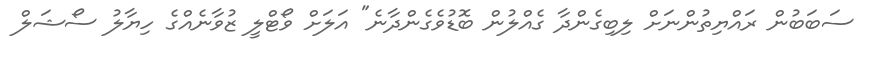
ސަބަބުން ރައްޔިތުންނަށް ލިބިގެންދާ ގެއްލުން ބޮޑުވެގެންދާނެ" އަލަށް ވޯޓްލީ ޒުވާނެއްގެ ހިޔާލު ސޯޝަލް